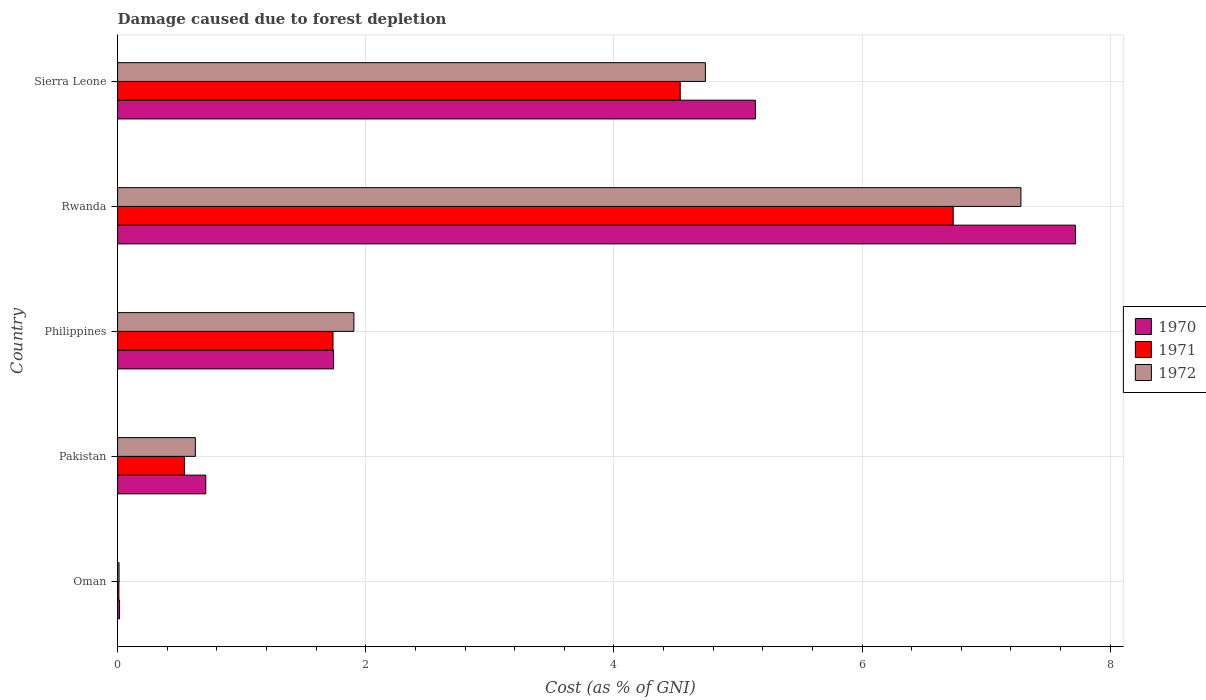
| Country | 1970 | 1971 | 1972 |
 | --- | --- | --- | --- |
 | Oman | 0.0157 | 0.0105 | 0.0116 |
 | Pakistan | 0.711 | 0.538 | 0.627 |
 | Philippines | 1.74 | 1.74 | 1.9 |
 | Rwanda | 7.72 | 6.73 | 7.28 |
 | Sierra Leone | 5.14 | 4.53 | 4.74 |